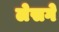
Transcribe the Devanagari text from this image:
लेसगे